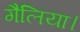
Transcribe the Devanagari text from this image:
गैलिया।